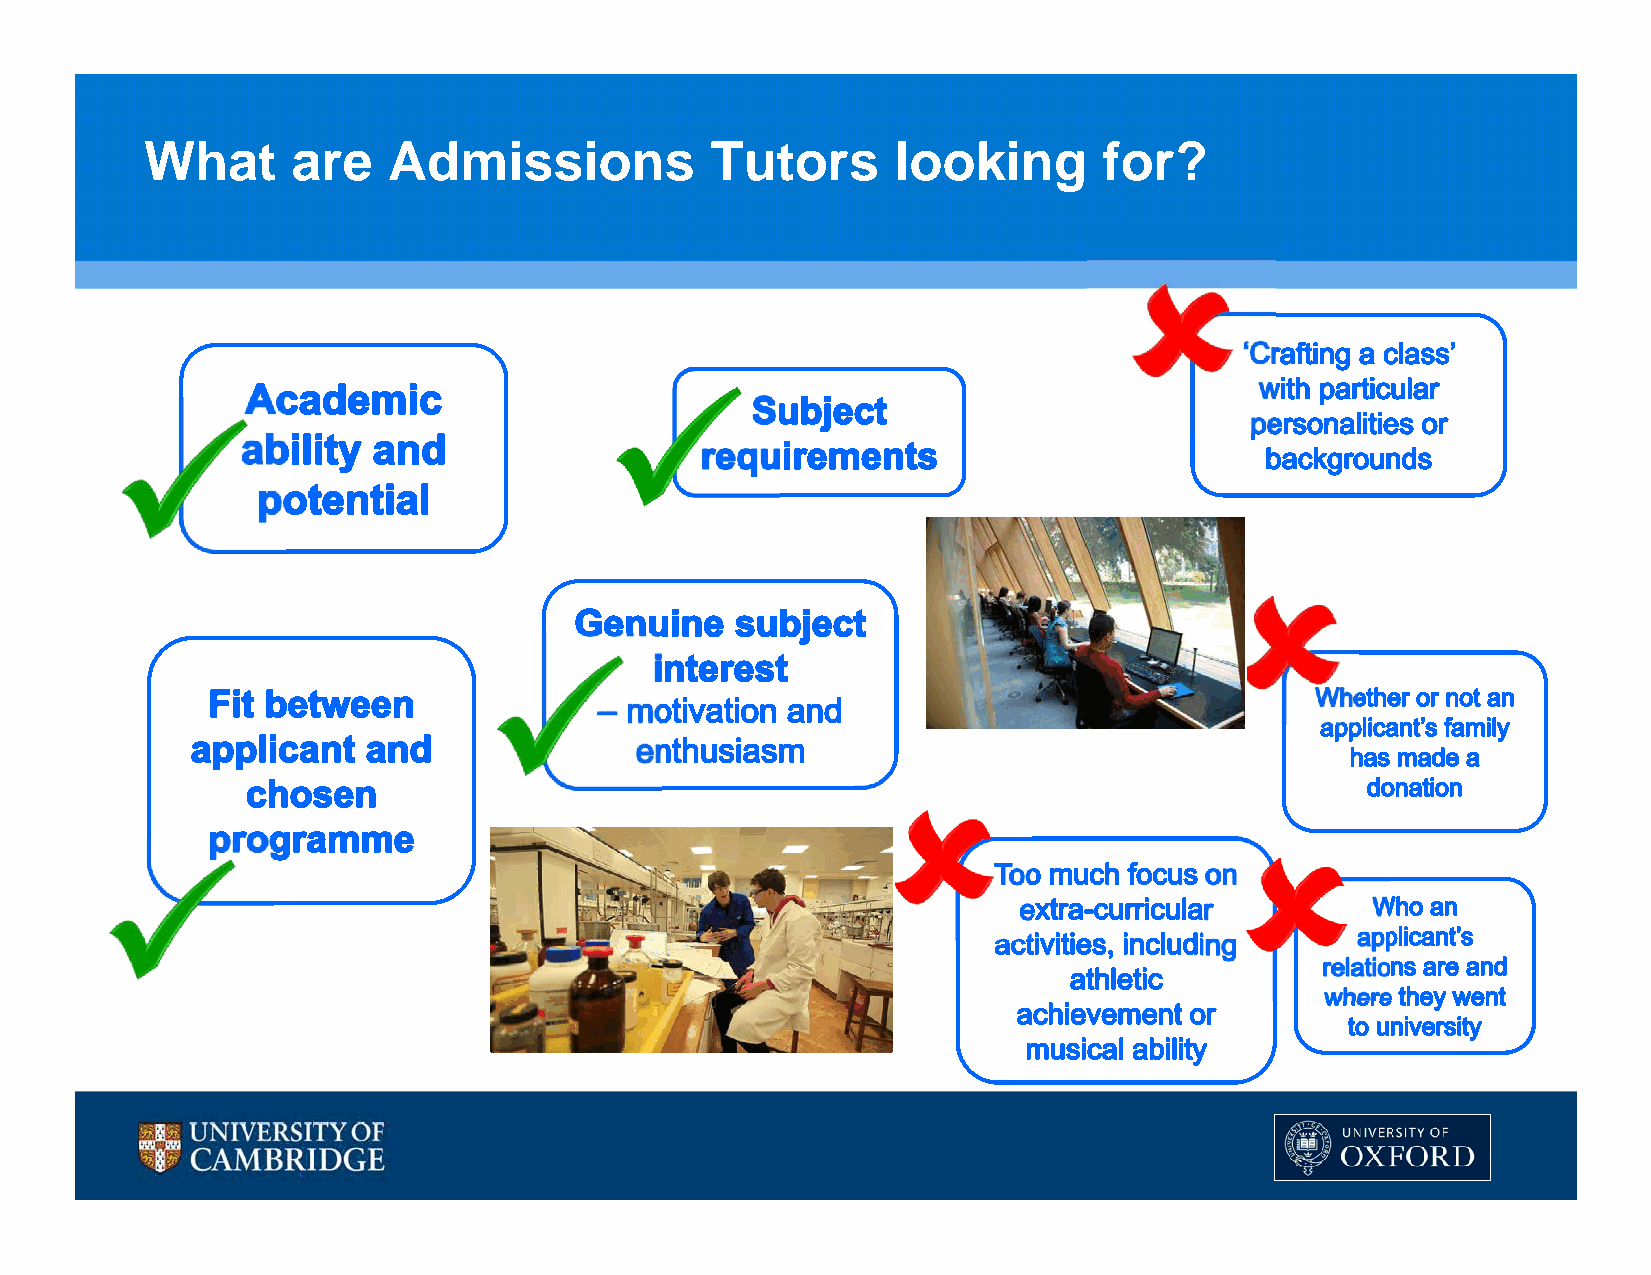
What     are    Admissions           Tutors      looking       for?